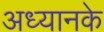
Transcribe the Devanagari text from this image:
अध्यानके